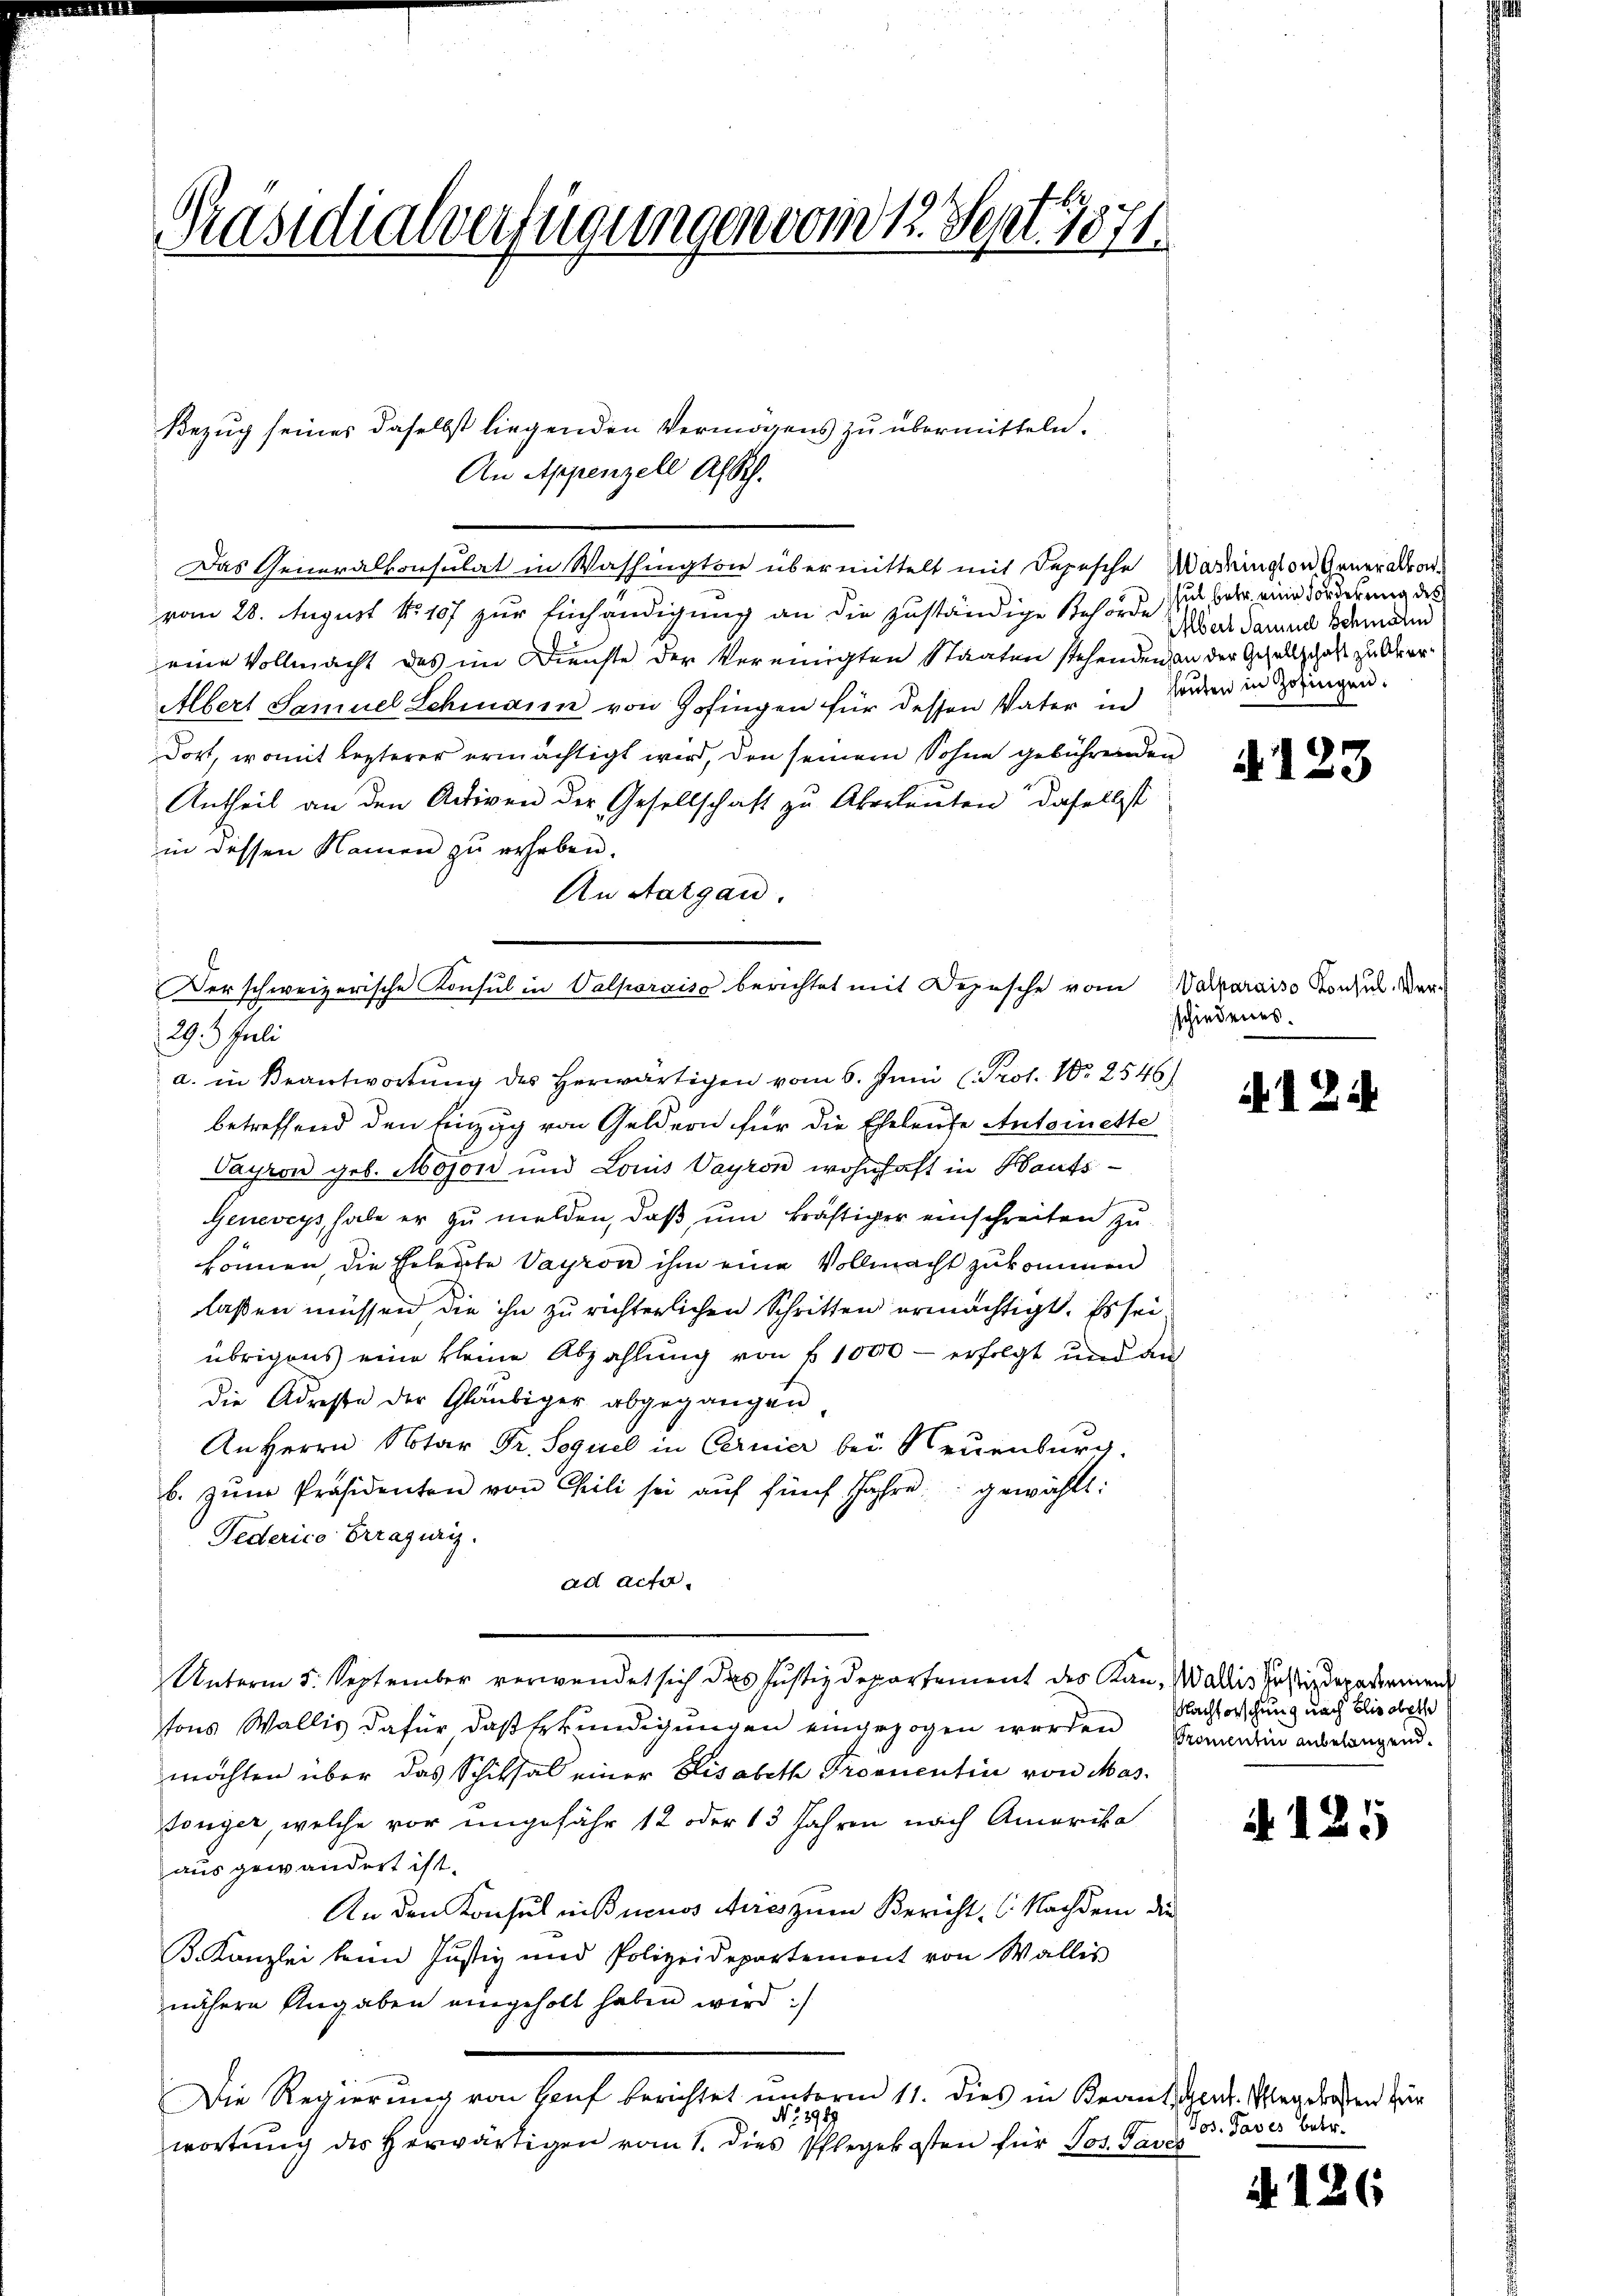
Präsidialverfügungen vom 12. Sept. 1871

Bezug seines daselbst liegenden Vermögens zu übermitteln.
An Appenzell Absch.
Das Generalkonsulat in Washington übermittelt mit Depesche Wardington Generalvor-
vom 28. August No 107 zur Einhändigung an die zuständige Behörde zu sehr eine Forderung des
eine Vollmacht des im Dienste der Vereinigten Staaten stehenden an der Gesellschaft zu Ober¬
Albert Samuel Schmann von Zofingen für dessen Vater in Wunden in dringen.
Dort, womit lezterer ermächtigt wird, den seinem Sohne gebührenden
Antheil an den Activen der Gesellschaft zu Akerleuten daselbst
in dessen Namen zu erheben.
An Aargau.
Verschweizerische Konsul in Valporaiso berichtet mit Depesche vom
29. Juli
a. in Beantwortung des herwärtigen vom 6. Juni (Prot. No 2546)
betreffend den Einzug von Geldern für die Eheleute Antoinette
Payron geb. Mojon und Louis Vayron wohnhaft in Hauts¬
Geneveys, habe er zu melden, daß um kräftiger einschreiten zukönnen, die Eheleute Vayron ihm eine Vollmacht zukommen
laßen müssen die ihn zu richterlichen Schritten ermächtigt. Es sei
übrigens eine kleine Abzahlung von f. 1000 - erfolgt und auf
die Adreste der Gläubiger abgegangen
An Herrn Notar Dr. Sequel in Cernier bei Neuenburg.
b. zŭm Präsidenten von Chrili sei aŭf fünf Jahre gewählt:
Federico Crrajurig.
ad acter¬
Unterm 5. September verwendet sich das Justizdepartement des Kan- Wallis Justizdepadermen
tons Wallis dafür daß Erkundigungen eingezogen worden Semelin anbelangend.
möchten über das Schiksal einer Lisabeth Provuentin von Mastonger, welche vor eingefähr 12 oder 13 Jahren nach Amerika
aus gewändert ist.
An den Konsulnißninos Aires zum Bericht (Nachdem die
B. Kanzlei beim Justiz und Polizeidepartement von Wallis
nähere Angaben eingeholt haben wird :/
Die Regierung von Hof berichtet unterm 11. dies in Kranken. Wegelasten für
No. 2949
wortŭng des herwärtigen vom 1. dies Pflegekosten für Jos. Paves

Elbert Samuel Schinden

4123

Valparaiso Konsul Ver
schiedenes.

. 12.

Nachforschung nach Elisabethe

A 125

Jos. Javes betr.

. 126.